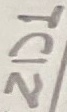
Text: ZD1